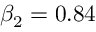
\beta _ { 2 } = 0 . 8 4